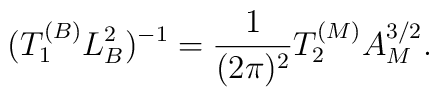
(T_1^{(B)} L_B^2)^{-1} = {1\over (2\pi)^2} T_2^{(M)} A_M^{3/2}.